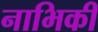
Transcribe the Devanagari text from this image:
नाभिकी